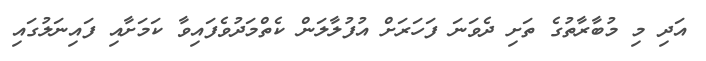
އަދި މި މުބާރާތުގެ ތަށި ދެވަނަ ފަހަރަށް އުފުލާލަން ކެތްމަދުވެފައިވާ ކަމަށާއި ފައިނަލުގައި